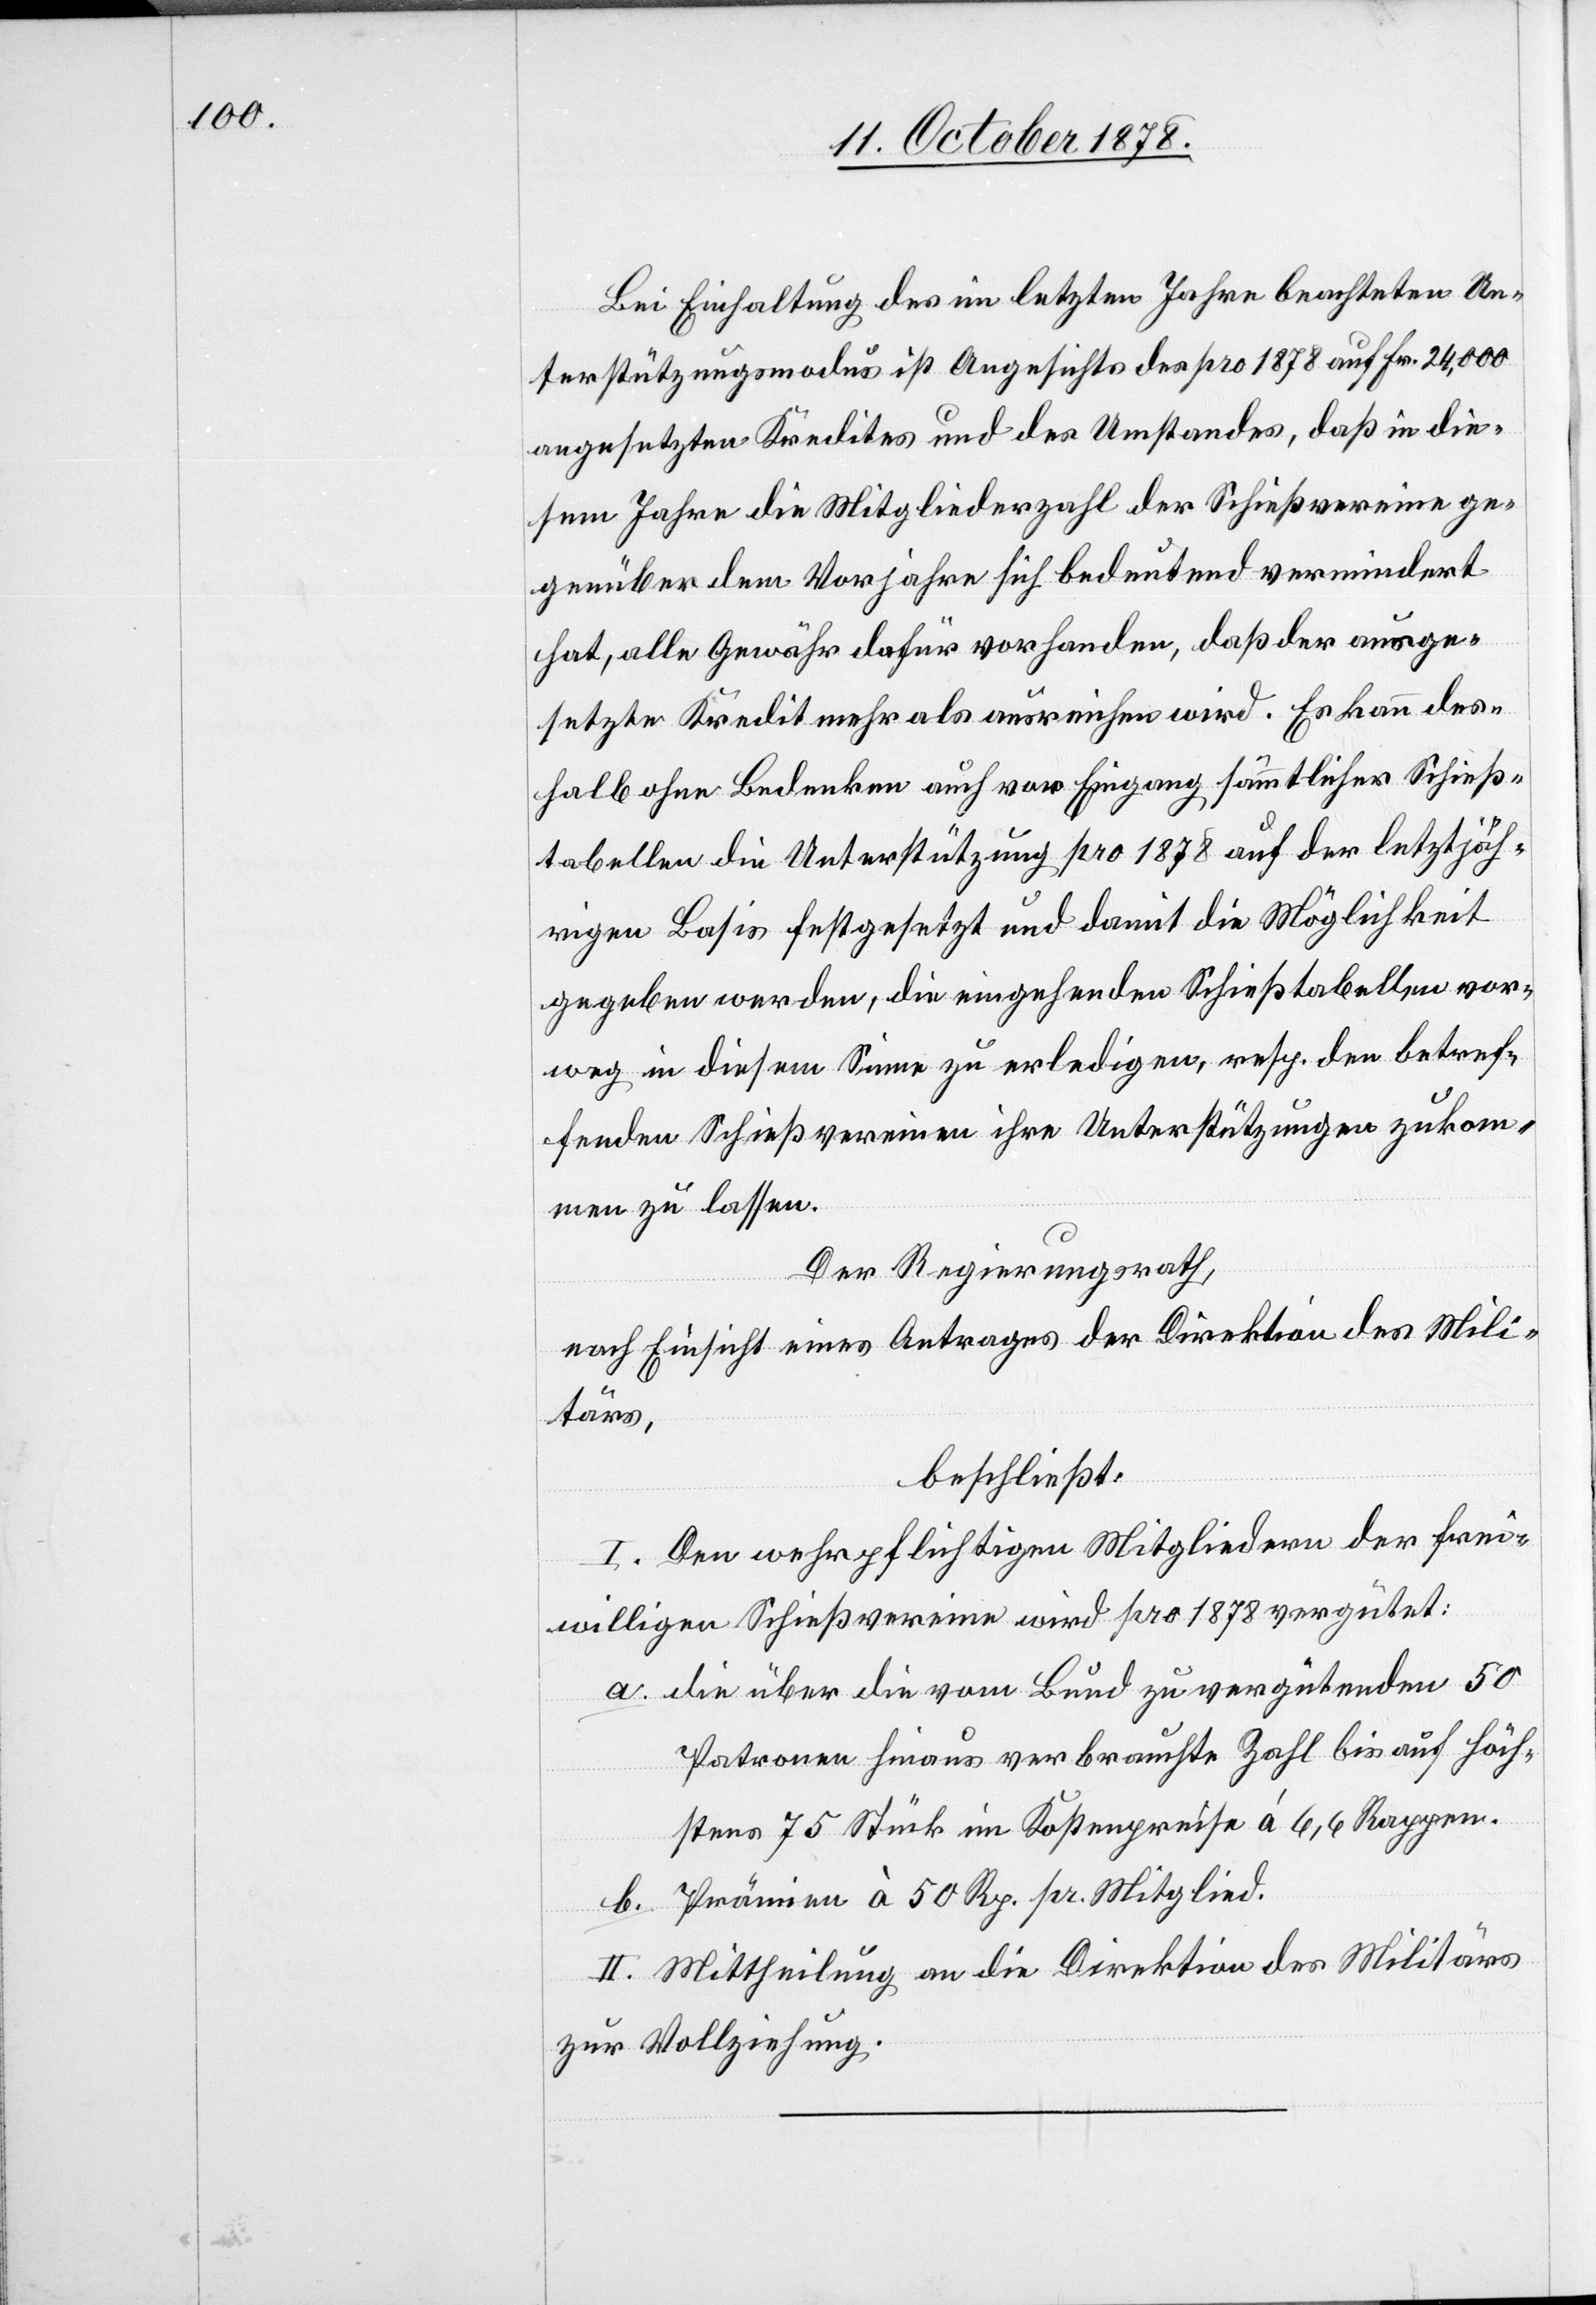
Bei Einhaltung des im letzten Jahre beachteten Un¬
terstützungsmodus ist angesichts des pro 1878 auf Fr. 24,000
angesetzten Kredites und des Umstandes, daß in die¬
sem Jahre die Mitgliederzahl der Schießvereine ge¬
genüber dem Vorjahre sich bedeutend vermindert
hat, alle Gewähr dafür vorhanden, daß der ausge¬
setzte Kredit mehr als ausreichen wird. Es kann des¬
halb ohne Bedenken auch vor Eingang sämmtlicher Schieß¬
tabellen die Unterstützung pro 1878 auf der letztjäh¬
rigen Basis festgesetzt und damit die Möglichkeit
gegeben werden, die eingehenden Schießtabellen vor¬
weg in diesem Sinne zu erledigen, resp. den betref¬
fenden Schießvereinen ihre Unterstützungen zukom¬
men zu lassen.
Der Regierungsrath,
nach Einsicht eines Antrages der Direktion des Mili¬
tärs,
beschließt:
I. Den wehrpflichtigen Mitgliedern der frei¬
willigen Schießvereine wird pro 1878 vergütet:
die über die vom Bund zu vergütenden 50
Patronen hinaus verbrauchte zahl bis auf höch¬
stens 75 Stück im Kostenpreise à 6,6 Rappen.
Prämien à 50 Rp. pr. Mitglied.
II. Mittheilung an die Direktion des Militärs
zur Vollziehung.